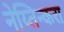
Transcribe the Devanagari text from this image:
नेय्तिन्करा